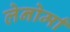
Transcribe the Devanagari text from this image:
लेनोर्मां